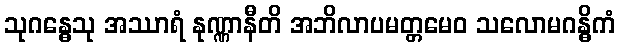
သုဂန္ဓေသု အဿာရံ နုဏ္ဏာနီတိ အဘိလာပမတ္တမေဝ သလောမဂန္ဓိကံ